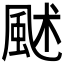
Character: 𩖶